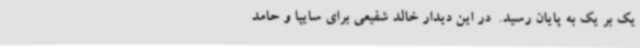
یک بر یک به پایان رسید. ‌ در این دیدار خالد شفیعی برای سایپا و حامد